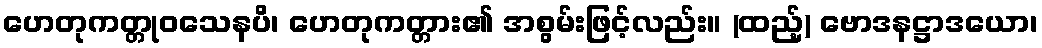
ဟေတုကတ္တုဝသေနပိ၊ ဟေတုကတ္တား၏ အစွမ်းဖြင့်လည်း။ (ထည့်) ဗောဒနဋ္ဌာဒယော၊